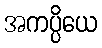
အကပ္ပိယေ